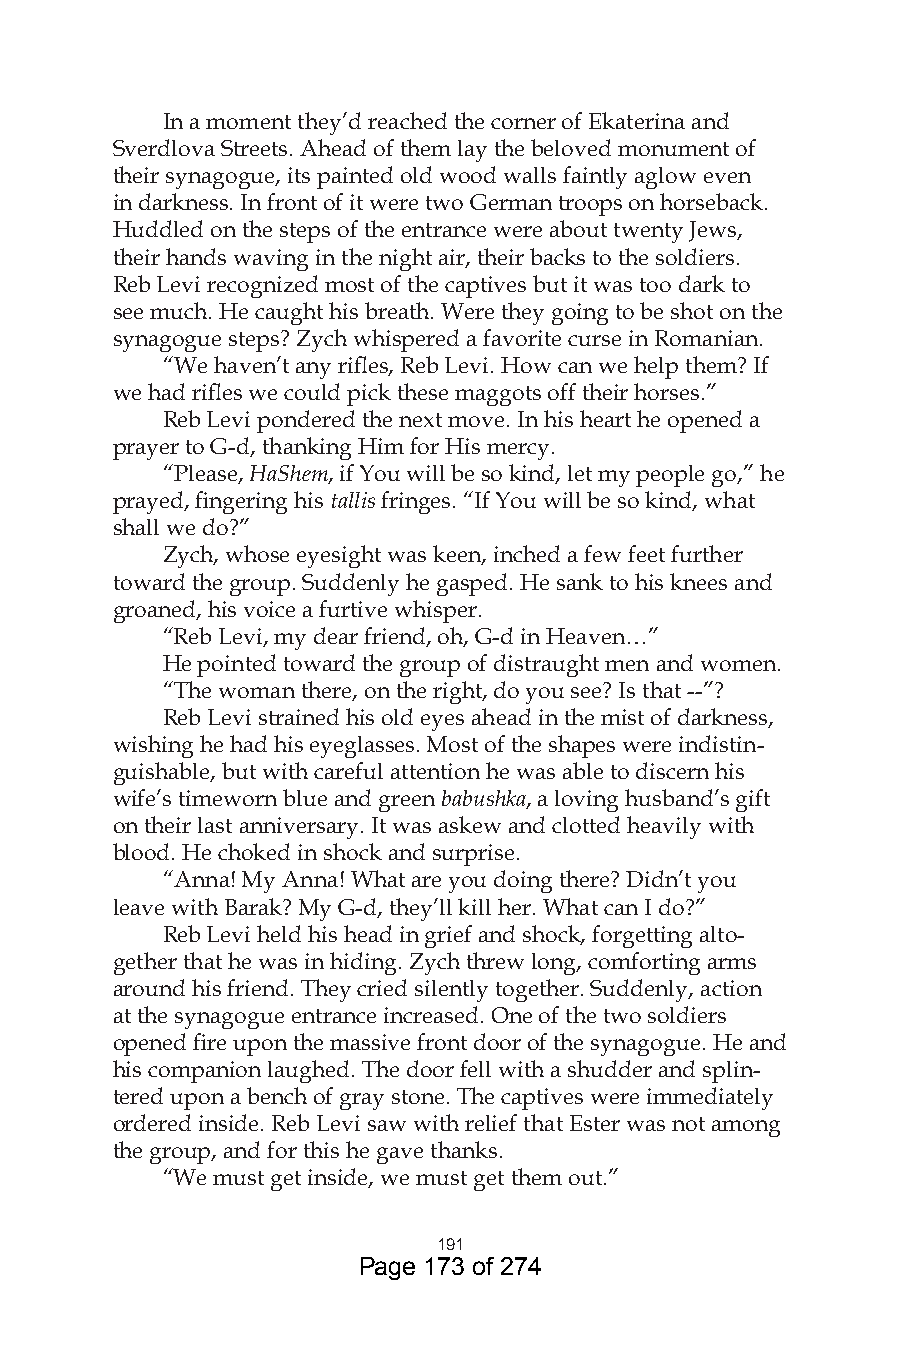
In a moment they’d reached the corner of Ekaterina and
 Sverdlova Streets. Ahead of them lay the beloved monument of
 their synagogue, its painted old wood walls faintly aglow even
 in darkness. In front of it were two German troops on horseback.
 Huddled on the steps of the entrance were about twenty Jews,
 their hands waving in the night air, their backs to the soldiers.
 Reb Levi recognized most of the captives but it was too dark to
 see much. He caught his breath. Were they going to be shot on the
 synagogue steps? Zych whispered a favorite curse in Romanian.
 “We haven’t any rifles, Reb Levi. How can we help them? If
 we had rifles we could pick these maggots off their horses.”
 Reb Levi pondered the next move. In his heart he opened a
 prayer to G-d, thanking Him for His mercy.
 “Please, HaShem, if You will be so kind, let my people go,” he
 prayed, fingering his tallis fringes. “If You will be so kind, what
 shall we do?”
 Zych, whose eyesight was keen, inched a few feet further
 toward the group. Suddenly he gasped. He sank to his knees and
 groaned, his voice a furtive whisper.
 “Reb Levi, my dear friend, oh, G-d in Heaven…”
 He pointed toward the group of distraught men and women.
 “The woman there, on the right, do you see? Is that --”?
 Reb Levi strained his old eyes ahead in the mist of darkness,
 wishing he had his eyeglasses. Most of the shapes were indistin-
 guishable, but with careful attention he was able to discern his
 wife’s timeworn blue and green babushka, a loving husband’s gift
 on their last anniversary. It was askew and clotted heavily with
 blood. He choked in shock and surprise.
 “Anna! My Anna! What are you doing there? Didn’t you
 leave with Barak? My G-d, they’ll kill her. What can I do?”
 Reb Levi held his head in grief and shock, forgetting alto-
 gether that he was in hiding. Zych threw long, comforting arms
 around his friend. They cried silently together. Suddenly, action
 at the synagogue entrance increased. One of the two soldiers
 opened fire upon the massive front door of the synagogue. He and
 his companion laughed. The door fell with a shudder and splin-
 tered upon a bench of gray stone. The captives were immediately
 ordered inside. Reb Levi saw with relief that Ester was not among
 the group, and for this he gave thanks.
 “We must get inside, we must get them out.”
 9
 Page 173 of 274